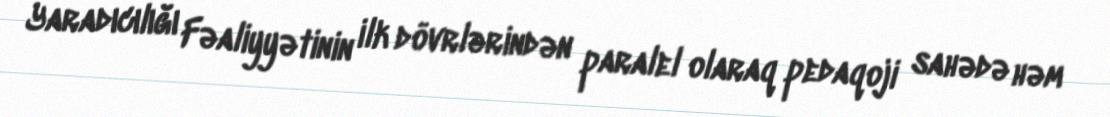
Yaradıcılığı Fəaliyyətinin ilk dövrlərindən paralel olaraq pedaqoji sahədə həm